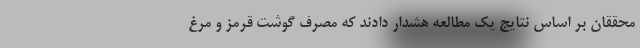
محققان بر اساس نتایج یک مطالعه هشدار دادند که مصرف گوشت قرمز و مرغ